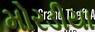
મોરડીયા